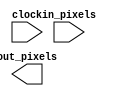
//-----------------------------------------------------------------------------
// <forward-fixed>
//  - Forward-propagation module
//  - Latency: (2 + log2(IN_PIXS))
//-----------------------------------------------------------------------------
// Version 4.00
//-----------------------------------------------------------------------------
// Taito Manabe, Jan 24, 2018
//-----------------------------------------------------------------------------
`default_nettype none
`timescale 1ns/1ns
  
module forward
  #( parameter integer IN_PIXS   = -1, // FLT_SIZE * FLT_SIZE * PREV_UNITS
     parameter integer OUT_PIXS  = -1, // UNITS
     parameter integer INT_BITW  = -1,
     parameter integer FRAC_BITW = -1,
     parameter [0:(INT_BITW+FRAC_BITW)*IN_PIXS*OUT_PIXS-1] FLT  = 0,
     parameter [0:(INT_BITW+FRAC_BITW*2)*OUT_PIXS-1]       BIAS = 0 )
   ( clock, in_pixels, out_pixels );

   // local parameters --------------------------------------------------------
   localparam integer IN_BITW   = INT_BITW + FRAC_BITW;
   localparam integer OUT_BITW  = INT_BITW + FRAC_BITW * 2;
   localparam integer ADD_DEPTH = log2(IN_PIXS);
   
   // inputs/outputs ----------------------------------------------------------
   input wire 	                      clock;
   input wire [0:IN_BITW*IN_PIXS-1]   in_pixels;
   output reg [0:OUT_BITW*OUT_PIXS-1] out_pixels;

   // variables ---------------------------------------------------------------
   genvar 			      ip, op, b;

   generate
      // for each output pixel
      for(op = 0; op < OUT_PIXS; op = op + 1) begin: fwd_op
	 localparam integer BASE = IN_BITW * IN_PIXS * op;
	 reg [0:OUT_BITW*IN_PIXS-1] prods;
	 // for each input pixel
	 for(ip = 0; ip < IN_PIXS; ip = ip + 1) begin: fwd_ip
	    wire signed [IN_BITW-1:0]  pixel;
	    wire signed [OUT_BITW-1:0] ext_pixel;
	    // bit extension
	    assign pixel = in_pixels[IN_BITW * ip +: IN_BITW];
	    for(b = 0; b < FRAC_BITW; b = b + 1) begin: fwd_ext_b
	       assign ext_pixel[IN_BITW+b] = pixel[IN_BITW-1];
	    end
	    assign ext_pixel[IN_BITW-1:0] = pixel;
	    // multiplication with filter coefficients
	    always @(posedge clock)
	      prods[OUT_BITW * ip +: OUT_BITW] 
		<= ext_pixel * $signed(FLT[BASE + IN_BITW * ip +: IN_BITW]);
	 end
	 // integration
	 wire signed [OUT_BITW-1:0] sum;
	 integrate
	   #( .IN_NUM(IN_PIXS), .BIT_WIDTH(OUT_BITW) )
	 itg_0
	   (  .clock(clock), .in_values(prods), .out_value(sum) );
	 // adds bias
	 always @(posedge clock)
	   out_pixels[OUT_BITW * op +: OUT_BITW] 
	     <= sum + $signed(BIAS[OUT_BITW * op +: OUT_BITW]);
      end
   endgenerate

   // common functions --------------------------------------------------------
   // calculates ceil(log2(value))
   function integer log2;
      input [63:0] value;
      begin
     	 value = value - 1;
	 for ( log2 = 0; value > 0; log2 = log2 + 1 )
	   value = value >> 1;
      end
   endfunction  

endmodule